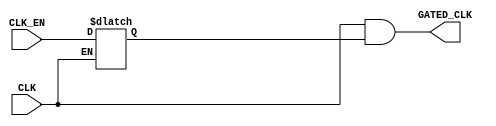
module CLK_GATE (
    input       wire        CLK_EN,
    input       wire        CLK,
    output      wire        GATED_CLK
);

reg     Latch_Output;

always @ (CLK or CLK_EN)
    begin
        if (!CLK)
            begin
                Latch_Output <= CLK_EN;
            end
    end

assign  GATED_CLK = CLK & Latch_Output;

endmodule